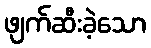
ဖျက်ဆီးခဲ့သော